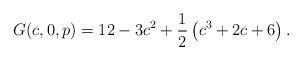
LaTeX: \begin{align*}G(c,0,p)=12-3 c^2+\frac{1}{2}\left(c^3+2 c+6\right).\end{align*}